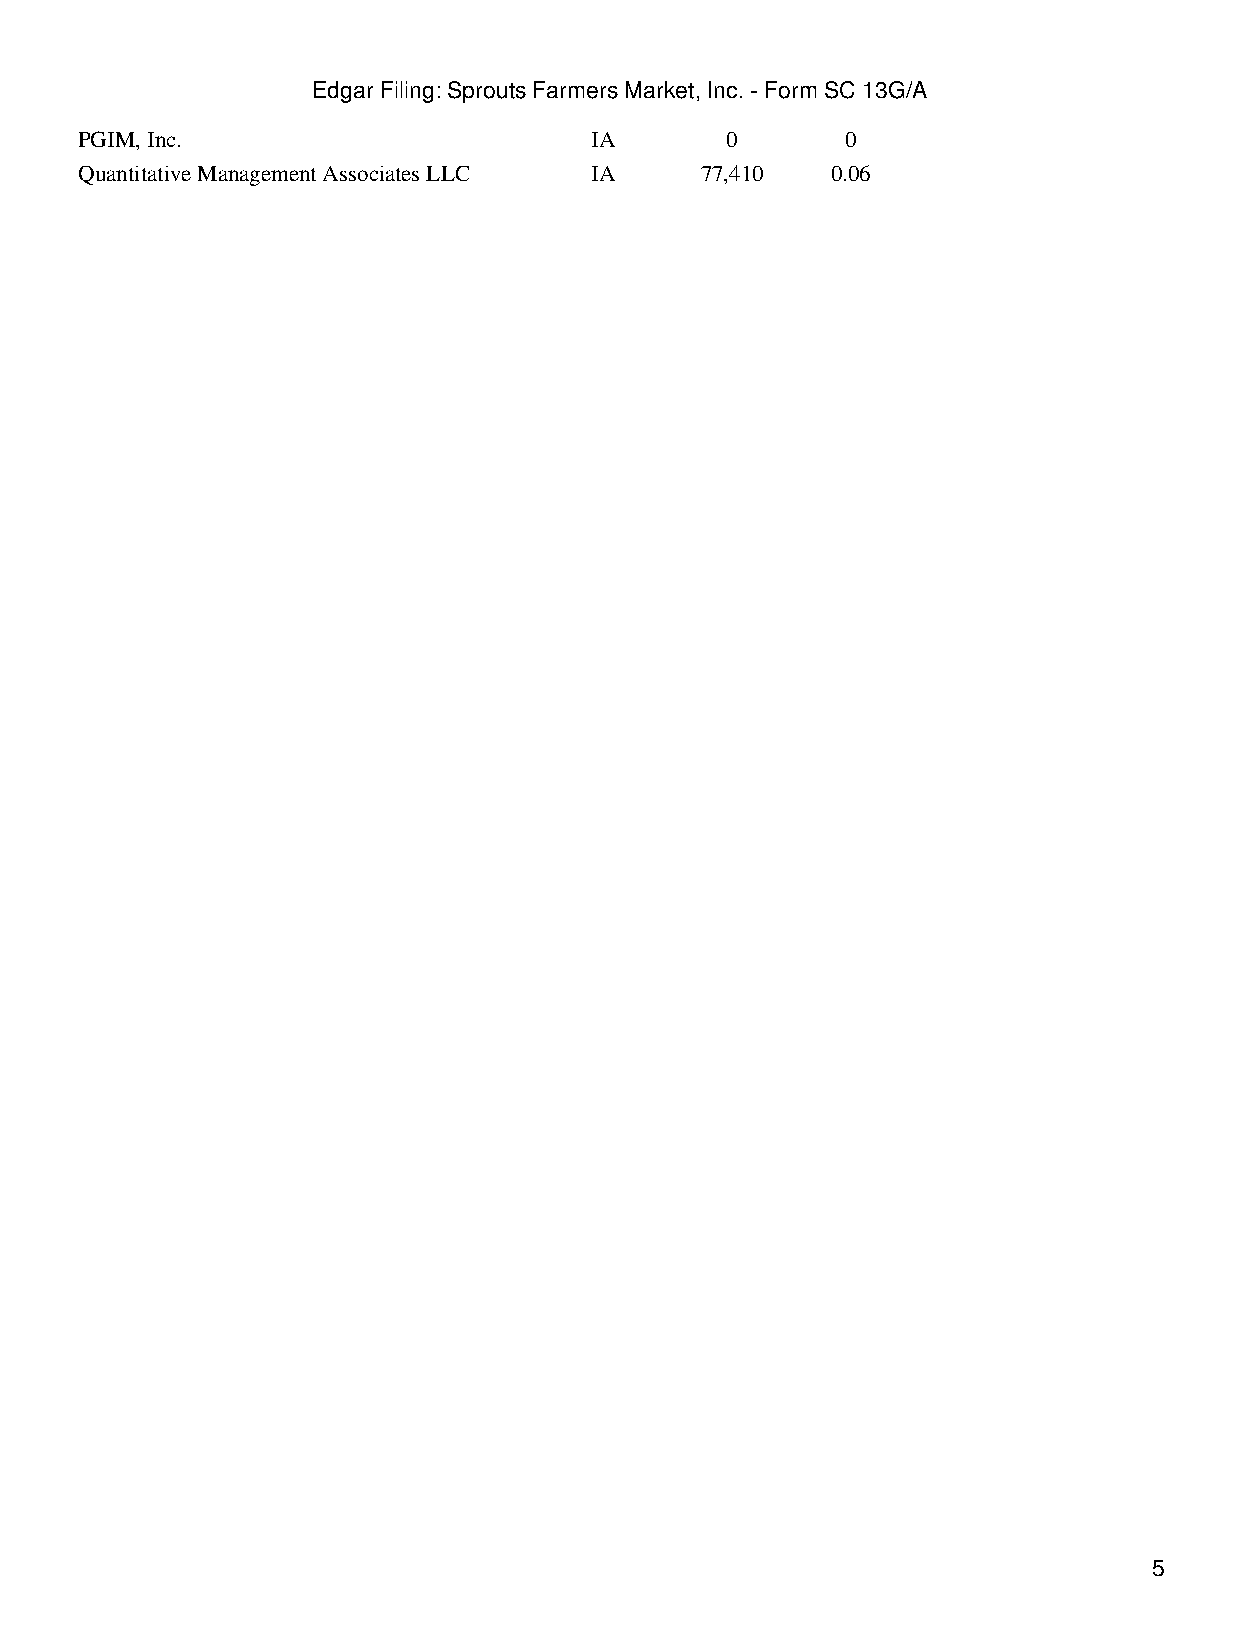
Edgar Filing: Sprouts Farmers Market, Inc. - Form SC 13G/A
 PGIM, Inc.                        IA       0       0
 Quantitative Management Associates LLC IA 77,410  0.06
 5